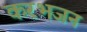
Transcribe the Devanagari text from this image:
करभजन